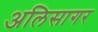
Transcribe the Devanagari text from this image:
अलिसागर